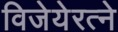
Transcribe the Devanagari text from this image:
विजेयेरत्ने